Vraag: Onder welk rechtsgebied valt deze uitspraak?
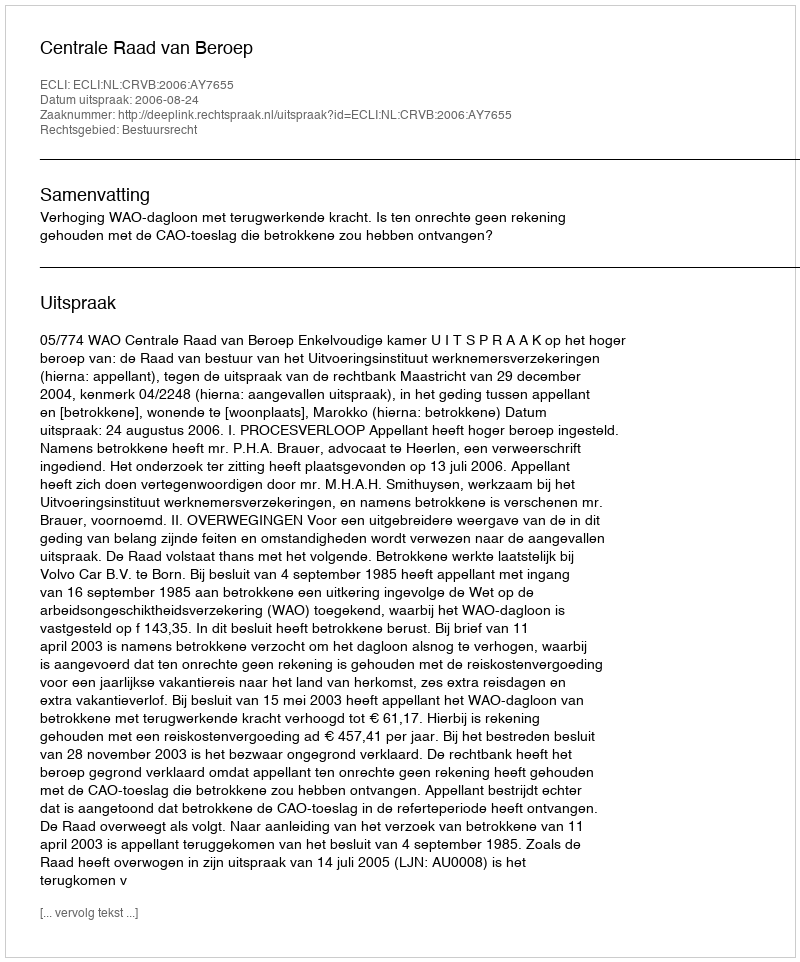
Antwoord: Bestuursrecht